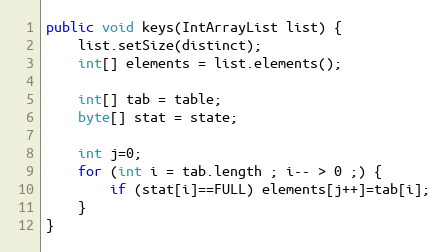
Language: Java
public void keys(IntArrayList list) {
	list.setSize(distinct);
	int[] elements = list.elements();

	int[] tab = table;
	byte[] stat = state;

	int j=0;
	for (int i = tab.length ; i-- > 0 ;) {
		if (stat[i]==FULL) elements[j++]=tab[i];
	}
}